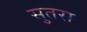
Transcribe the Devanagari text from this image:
सुतरा